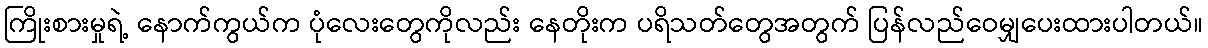
ကြိုးစားမှုရဲ့ နောက်ကွယ်က ပုံလေးတွေကိုလည်း နေတိုးက ပရိသတ်တွေအတွက် ပြန်လည်ဝေမျှပေးထားပါတယ်။